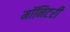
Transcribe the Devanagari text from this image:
मॉनिटरी